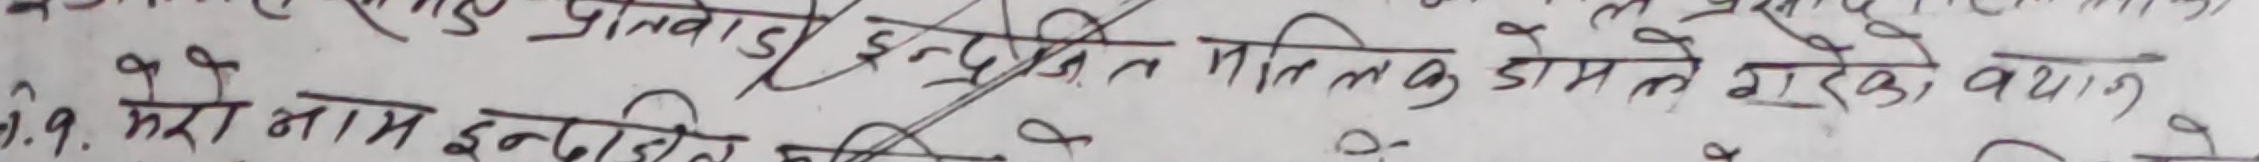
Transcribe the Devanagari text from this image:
पिनवाड़ी इन्द्रजीत मलिक के नामले गरेको बयान
प्र. ९. मेरो नाम इन्द्रजीत